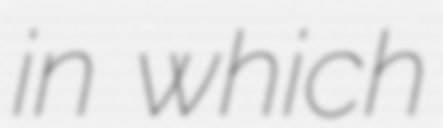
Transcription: in which